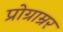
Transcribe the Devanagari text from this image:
प्रोग्राम्रर